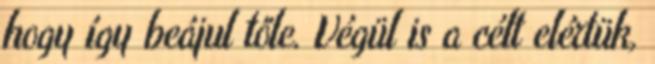
hogy így beájul tőle. Végül is a célt elértük,